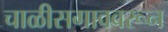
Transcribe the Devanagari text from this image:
चाळीसगाववरून